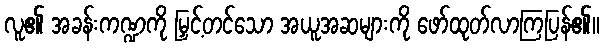
လူ၏ အခန်းကဏ္ဍကို မြှင့်တင်သော အယူအဆများကို ဖော်ထုတ်လာကြပြန်၏။